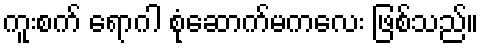
ကူးစက် ရောဂါ စုံဆောက်မကလေး ဖြစ်သည်။